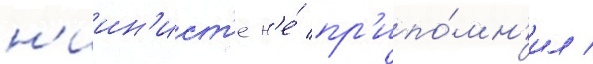
н'иин'ист'е н'е́ пр'ипо́мн'ил /